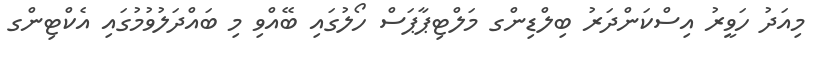
މިއަދު ހަވީރު އިސްކަންދަރު ބިލްޑިންގ މަލްޓިޕާޕަސް ހޯލުގައި ބޭއްވި މި ބައްދަލުވުމުގައި އެކްޓިންގ